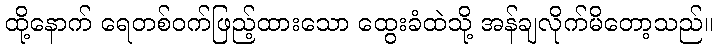
ထို့နောက် ရေတစ်ဝက်ဖြည့်ထားသော ထွေးခံထဲသို့ အန်ချလိုက်မိတော့သည်။